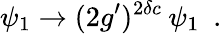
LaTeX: \psi_{1}\rightarrow(2g^{\prime})^{2\delta c}\: \psi_{1}~~.